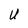
Character: U